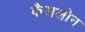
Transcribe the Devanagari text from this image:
कैसलोन